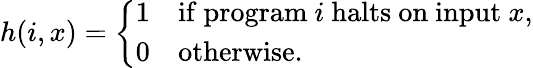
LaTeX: h(i,x)={\left\{ \begin{array}{ll}{1}&{{\mathrm{if~}}{\mathrm{program~}}i{\mathrm{~halts~on~input~}}x,}\\ {0}&{{\mathrm{otherwise.}}}\end{array}\right.}